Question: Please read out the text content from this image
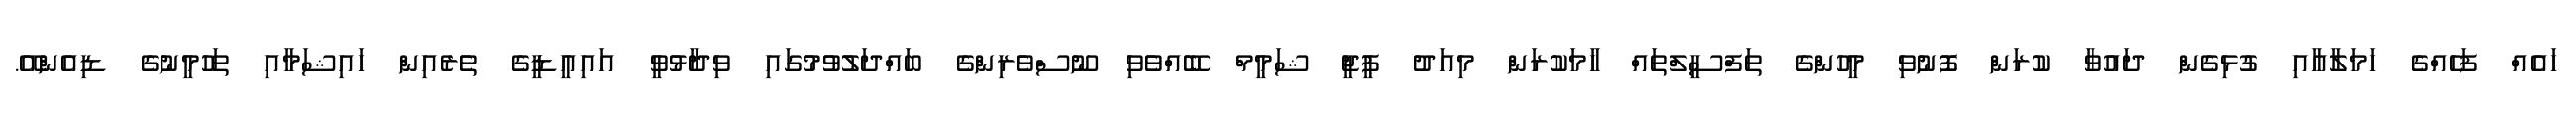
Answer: ހައެއް ފަހެއްގެ ހަމަލާއާއި ގުޅިގެން ދައުވާ ކުރަން ފޮނުވި މީހުންގެ ތަފްސީލްތައް ހާމަކުރަން މިއަދު ޕީޖީ ޝަމީމް ބޭއްވެވި ނޫސްވެރިންގެ ބައްދަލުވުމުގައި ވިދާޅުވީ އައިއީޑީގެ ތެރެއިން ހައިޝަމާއި ތަހުމީނުގެ ޑިއެންއޭ.